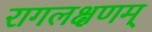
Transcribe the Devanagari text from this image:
रागलक्षणम्